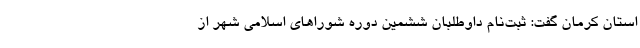
استان کرمان گفت: ثبت‌نام داوطلبان ششمین دوره شوراهای اسلامی شهر از